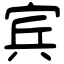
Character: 宾